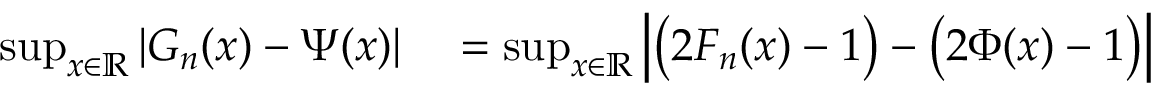
\begin{array} { r l } { \operatorname* { s u p } _ { x \in \mathbb { R } } \left| G _ { n } ( x ) - \Psi ( x ) \right| } & { { } = \operatorname* { s u p } _ { x \in \mathbb { R } } \left| \big ( 2 F _ { n } ( x ) - 1 \big ) - \big ( 2 \Phi ( x ) - 1 \big ) \right| } \end{array}